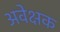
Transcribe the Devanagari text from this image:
अवेक्षक